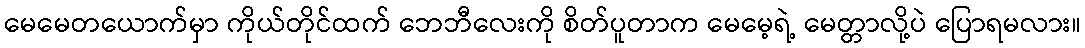
မေမေတယောက်မှာ ကိုယ်တိုင်ထက် ဘေဘီလေးကို စိတ်ပူတာက မေမေ့ရဲ့ မေတ္တာလို့ပဲ ပြောရမလား။